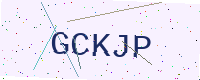
Text: GCKJP